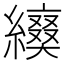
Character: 𦆌